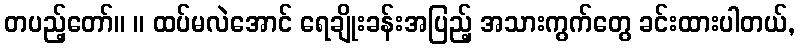
တပည့်တော်။ ။ ထပ်မလဲအောင် ရေချိုးခန်းအပြည့် အသားကွက်တွေ ခင်းထားပါတယ်,